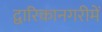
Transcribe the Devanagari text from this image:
द्वारिकानगरीमें